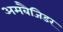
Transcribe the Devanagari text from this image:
अमबैजिडर